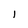
Character: l